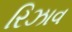
રિઝાવ